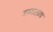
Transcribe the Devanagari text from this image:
डब्यालाच